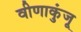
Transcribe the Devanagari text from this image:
वीणाकुंजू